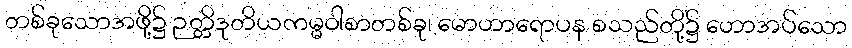
တစ်ခုသောအဖို့၌ ဉတ္တိဒုတိယကမ္မဝါစာတစ်ခု၊ မောဟာရောပန စသည်တို့၌ ဟောအပ်သော